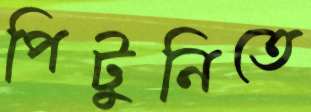
পিটুনিতে